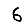
Digit: 6